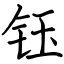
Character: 钰